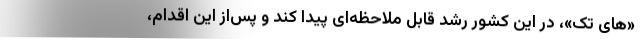
«های تک»، در این کشور رشد قابل ملاحظه‌ای پیدا کند و پس‌از این اقدام،